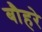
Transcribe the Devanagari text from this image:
बौहरे